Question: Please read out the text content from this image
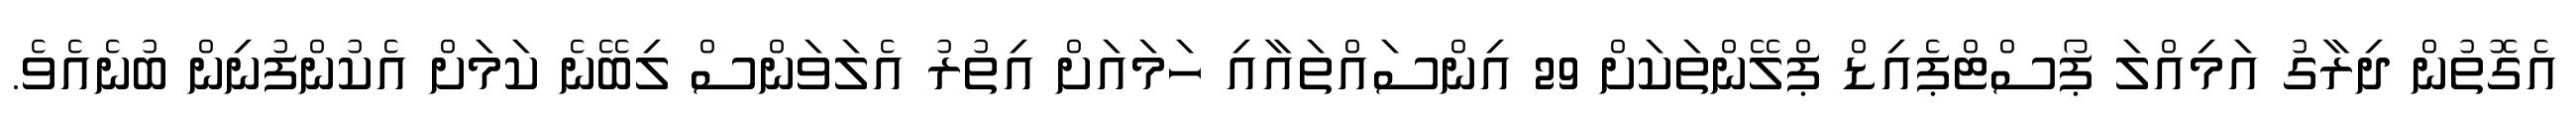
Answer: އެގޮތުން ދިރާގު އަމިއްލަ ޕޯސްޓްޕެއިޑް ޕްލޭންތަކަށް 29 އިންސައްތައާއި ހަމައަށް އިތުރު އެލަވަންސް ލިބޭނެ ކަމަށް އެކުންފުނިން ބުނެއެވެ.